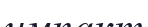
импакт